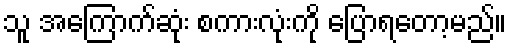
သူ အကြောက်ဆုံး စကားလုံးကို ပြောရတော့မည်။